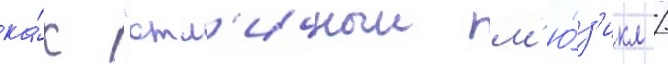
ка́к "отл'ичныи м'ю́з'икл /